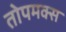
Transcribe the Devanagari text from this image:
तोपमक्स